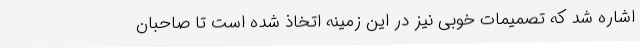
اشاره شد که تصمیمات خوبی نیز در این زمینه اتخاذ شده است تا صاحبان